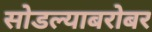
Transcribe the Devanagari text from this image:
सोडल्याबरोबर